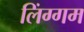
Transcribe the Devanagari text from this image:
लिंग्गम